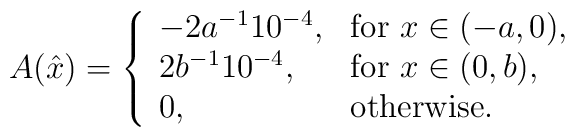
A(\hat x)=\left\{\begin{array}{ll}-2a^{-1}10^{-4},&\mbox{for $x\in(-a,0)$},\\2b^{-1}10^{-4},&\mbox{for $x\in(0,b)$},\\0,&\mbox{otherwise}.\end{array}\right.